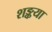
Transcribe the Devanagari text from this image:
शङ्कया